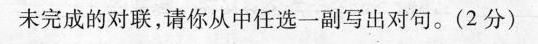
未完成的对联，请你从中任选一副写出对句。(2分)